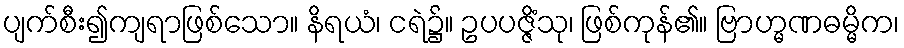
ပျက်စီး၍ကျရာဖြစ်သော။ နိရယံ၊ ငရဲ၌။ ဥပပဇ္ဇိံသု၊ ဖြစ်ကုန်၏။ ဗြာဟ္မဏဓမ္မိက၊